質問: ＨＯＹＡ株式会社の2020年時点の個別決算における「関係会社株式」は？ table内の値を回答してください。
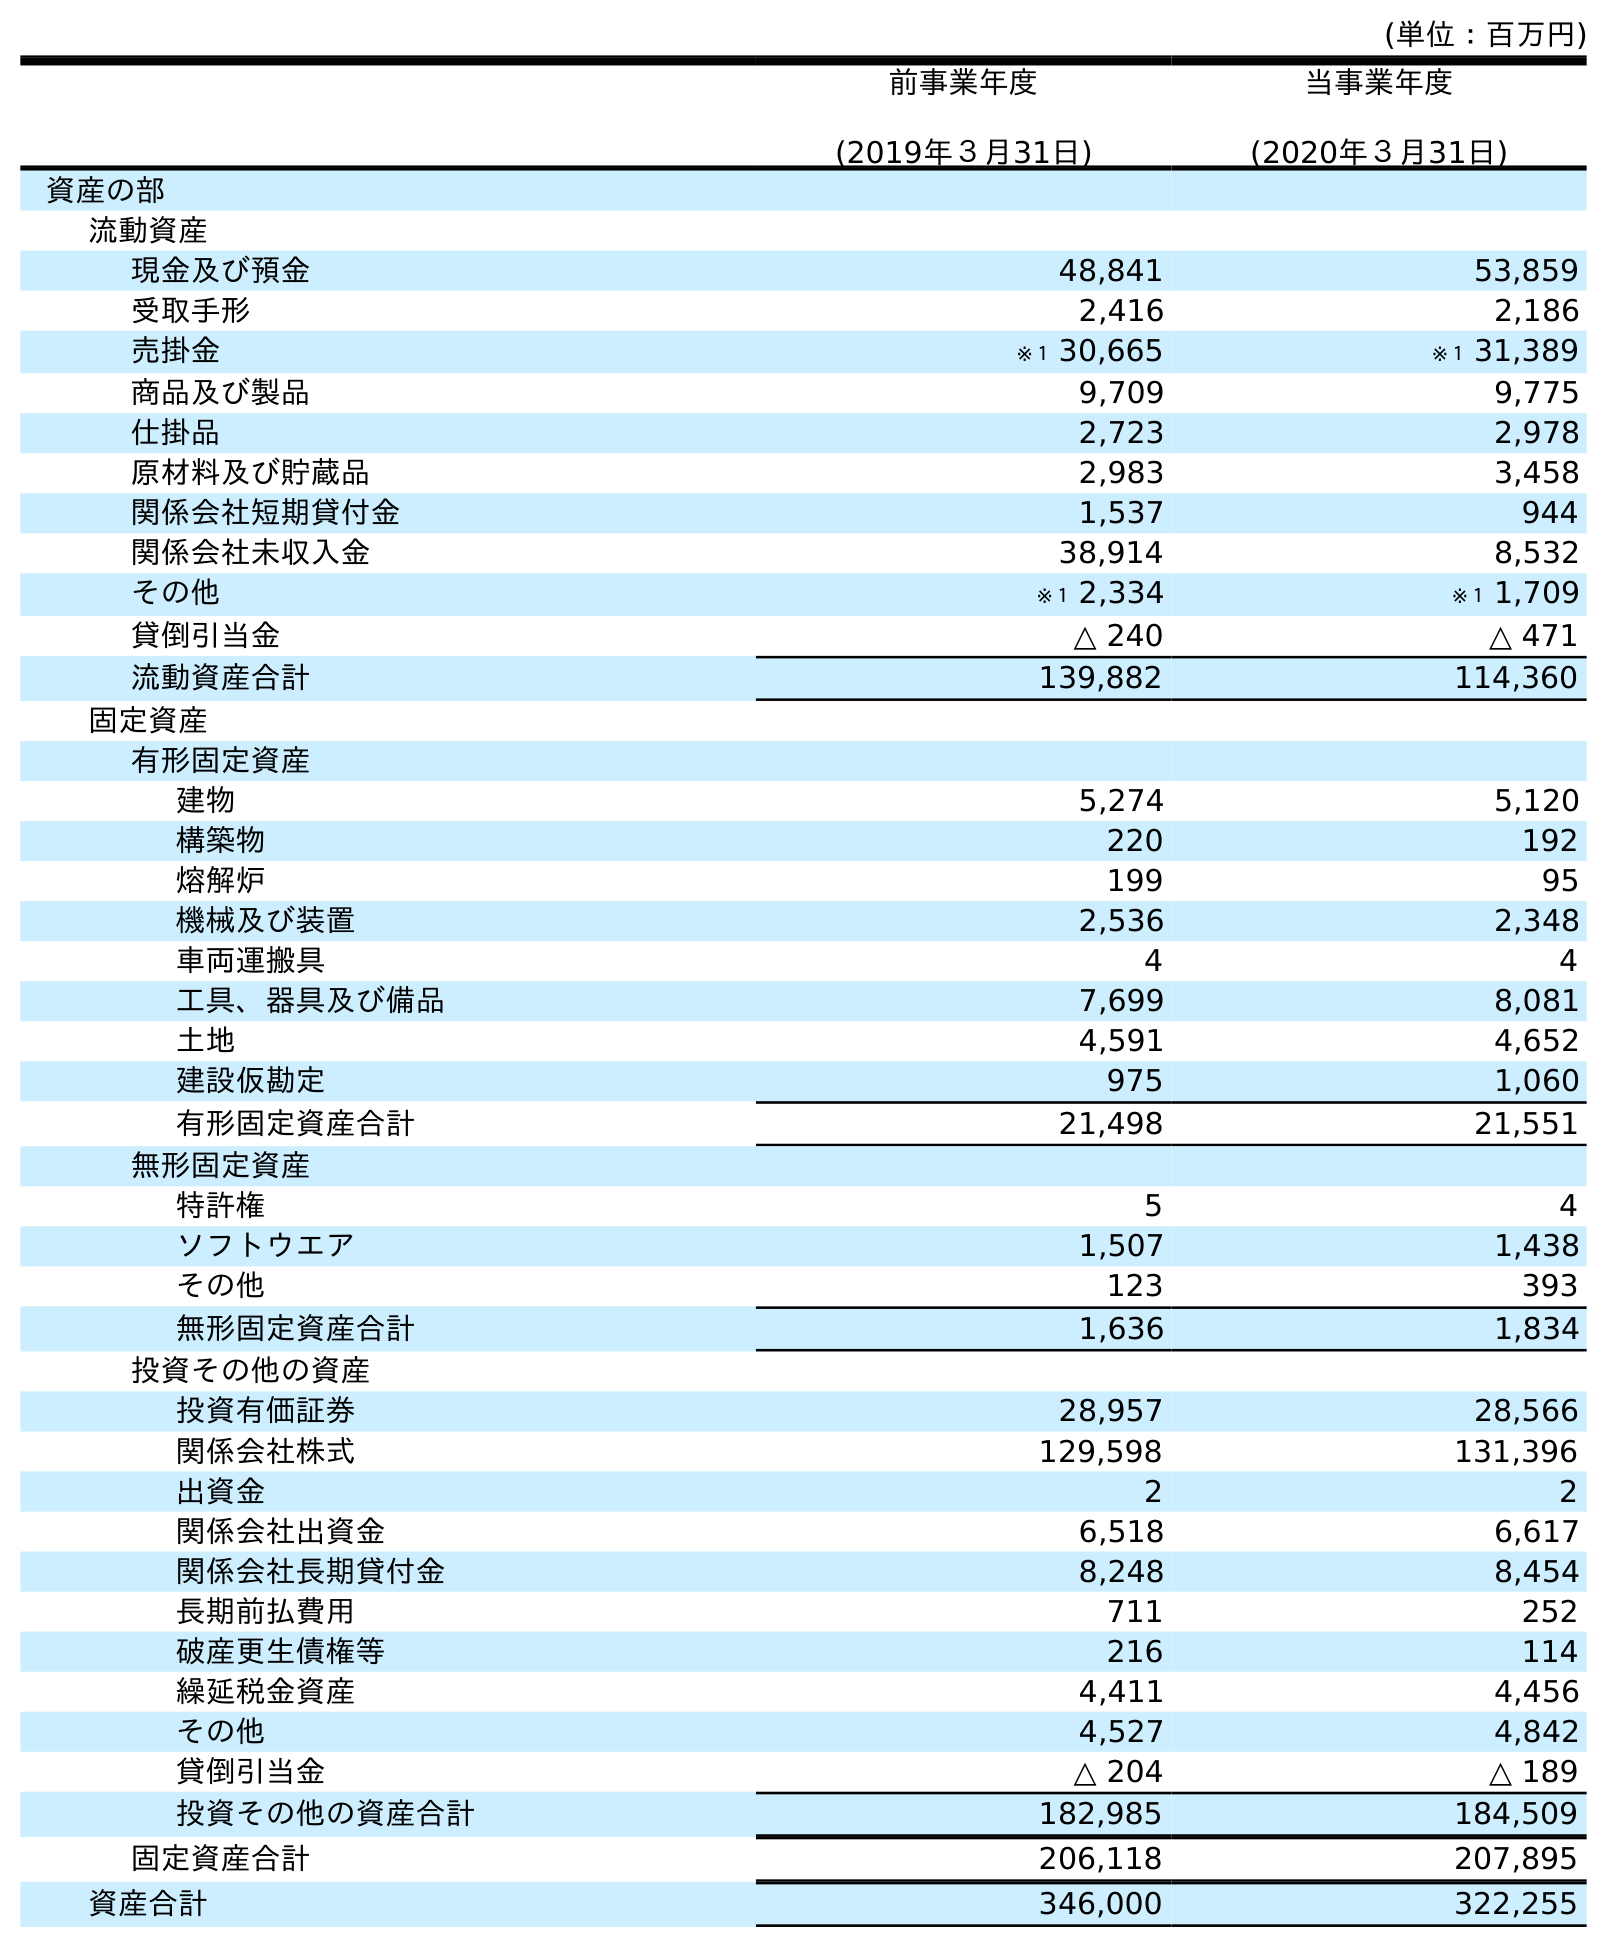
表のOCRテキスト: (単位：百万円) 前事業年度 (2019年３月31日) 当事業年度 (2020年３月31日) 資産の部 流動資産 現金及び預金 48,841 53,859 受取手形 2,416 2,186 売掛金 ※１ 30,665 ※１ 31,389 商品及び製品 9,709 9,775 仕掛品 2,723 2,978 原材料及び貯蔵品 2,983 3,458 関係会社短期貸付金 1,537 944 関係会社未収入金 38,914 8,532 その他 ※１ 2,334 ※１ 1,709 貸倒引当金 △ 240 △ 471 流動資産合計 139,882 114,360 固定資産 有形固定資産 建物 5,274 5,120 構築物 220 192 熔解炉 199 95 機械及び装置 2,536 2,348 車両運搬具 4 4 工具、器具及び備品 7,699 8,081 土地 4,591 4,652 建設仮勘定 975 1,060 有形固定資産合計 21,498 21,551 無形固定資産 特許権 5 4 ソフトウエア 1,507 1,438 その他 123 393 無形固定資産合計 1,636 1,834 投資その他の資産 投資有価証券 28,957 28,566 関係会社株式 129,598 131,396 出資金 2 2 関係会社出資金 6,518 6,617 関係会社長期貸付金 8,248 8,454 長期前払費用 711 252 破産更生債権等 216 114 繰延税金資産 4,411 4,456 その他 4,527 4,842 貸倒引当金 △ 204 △ 189 投資その他の資産合計 182,985 184,509 固定資産合計 206,118 207,895 資産合計 346,000 322,255
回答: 131,396